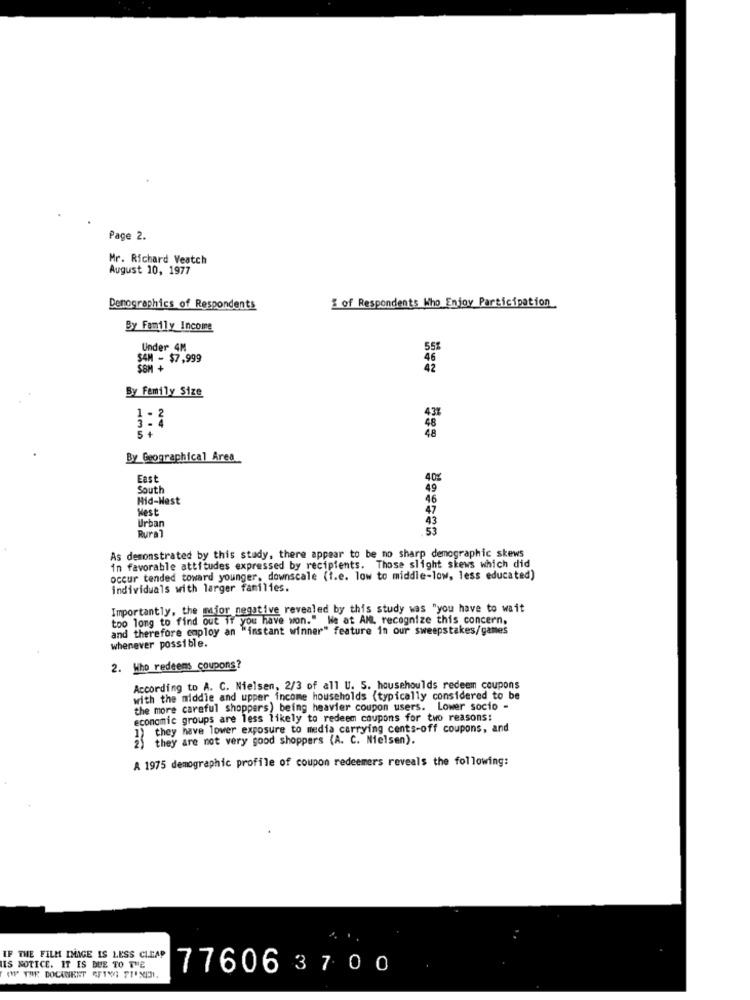
Page 2.
Mr. Richard Veatch
August 10, 1977
Demographics of Respondents
& of Respondents Who Enjoy Participation
By Family Income
Under 4M
SAM - $7,999
SSM+
By Family Size
1 - 2
43%
+
By Geographical Area
East
40g
South
49
Hid-Hest
46
West
47
43
Urban
Rura
53
As demonstrated by this study, there appear to be no sharp demographic skews
in favorable attitudes expressed by recipients. Those slight skews which did
occur tended toward younger, downscale (t.e. low to middle-low, less educated)
individuals with larger families.
Importantly, the major negative revealed by this study was "you have to wait
too long to find out if you have won." We at All. recognize this concern,
and therefore employ an "instant winner" feature in our sweepstakes/games
whenever possible.
2. Who redeems coupons?
According to A. C. Nielsen, 2/3 of all U. S. househoulds redeem coupons
with the middle and upper income households (typically considered to be
the more careful shoppers) being heavier coupon users. Lower socio -
economic groups are less likely to redeem coupons for two reasons:
1) they have lower exposure to media carrying cents-off coupons, and
2) they are not very good shoppers (A. C. Nielsen).
A 1975 demographic profile of coupon redeemers reveals the following:
IF THE FILM IMAGE IS LESS CLEAR
IS NOTICE. IT IS DUE TO THE
776063700
(W THE DOCKNIENT CFINE PIXIN.